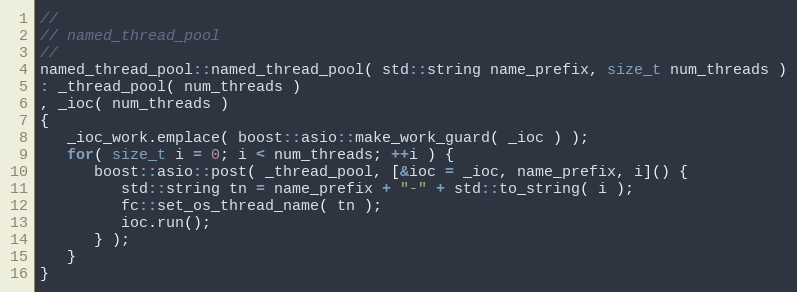
Language: C++
//
// named_thread_pool
//
named_thread_pool::named_thread_pool( std::string name_prefix, size_t num_threads )
: _thread_pool( num_threads )
, _ioc( num_threads )
{
   _ioc_work.emplace( boost::asio::make_work_guard( _ioc ) );
   for( size_t i = 0; i < num_threads; ++i ) {
      boost::asio::post( _thread_pool, [&ioc = _ioc, name_prefix, i]() {
         std::string tn = name_prefix + "-" + std::to_string( i );
         fc::set_os_thread_name( tn );
         ioc.run();
      } );
   }
}